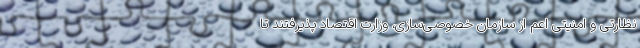
نظارتی و امنیتی اعم از سازمان خصوصی‌سازی، وزارت اقتصاد پذیرفتند تا